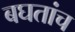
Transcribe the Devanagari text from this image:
बघतांच